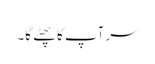
سر آپ کا پھٹے گا۔